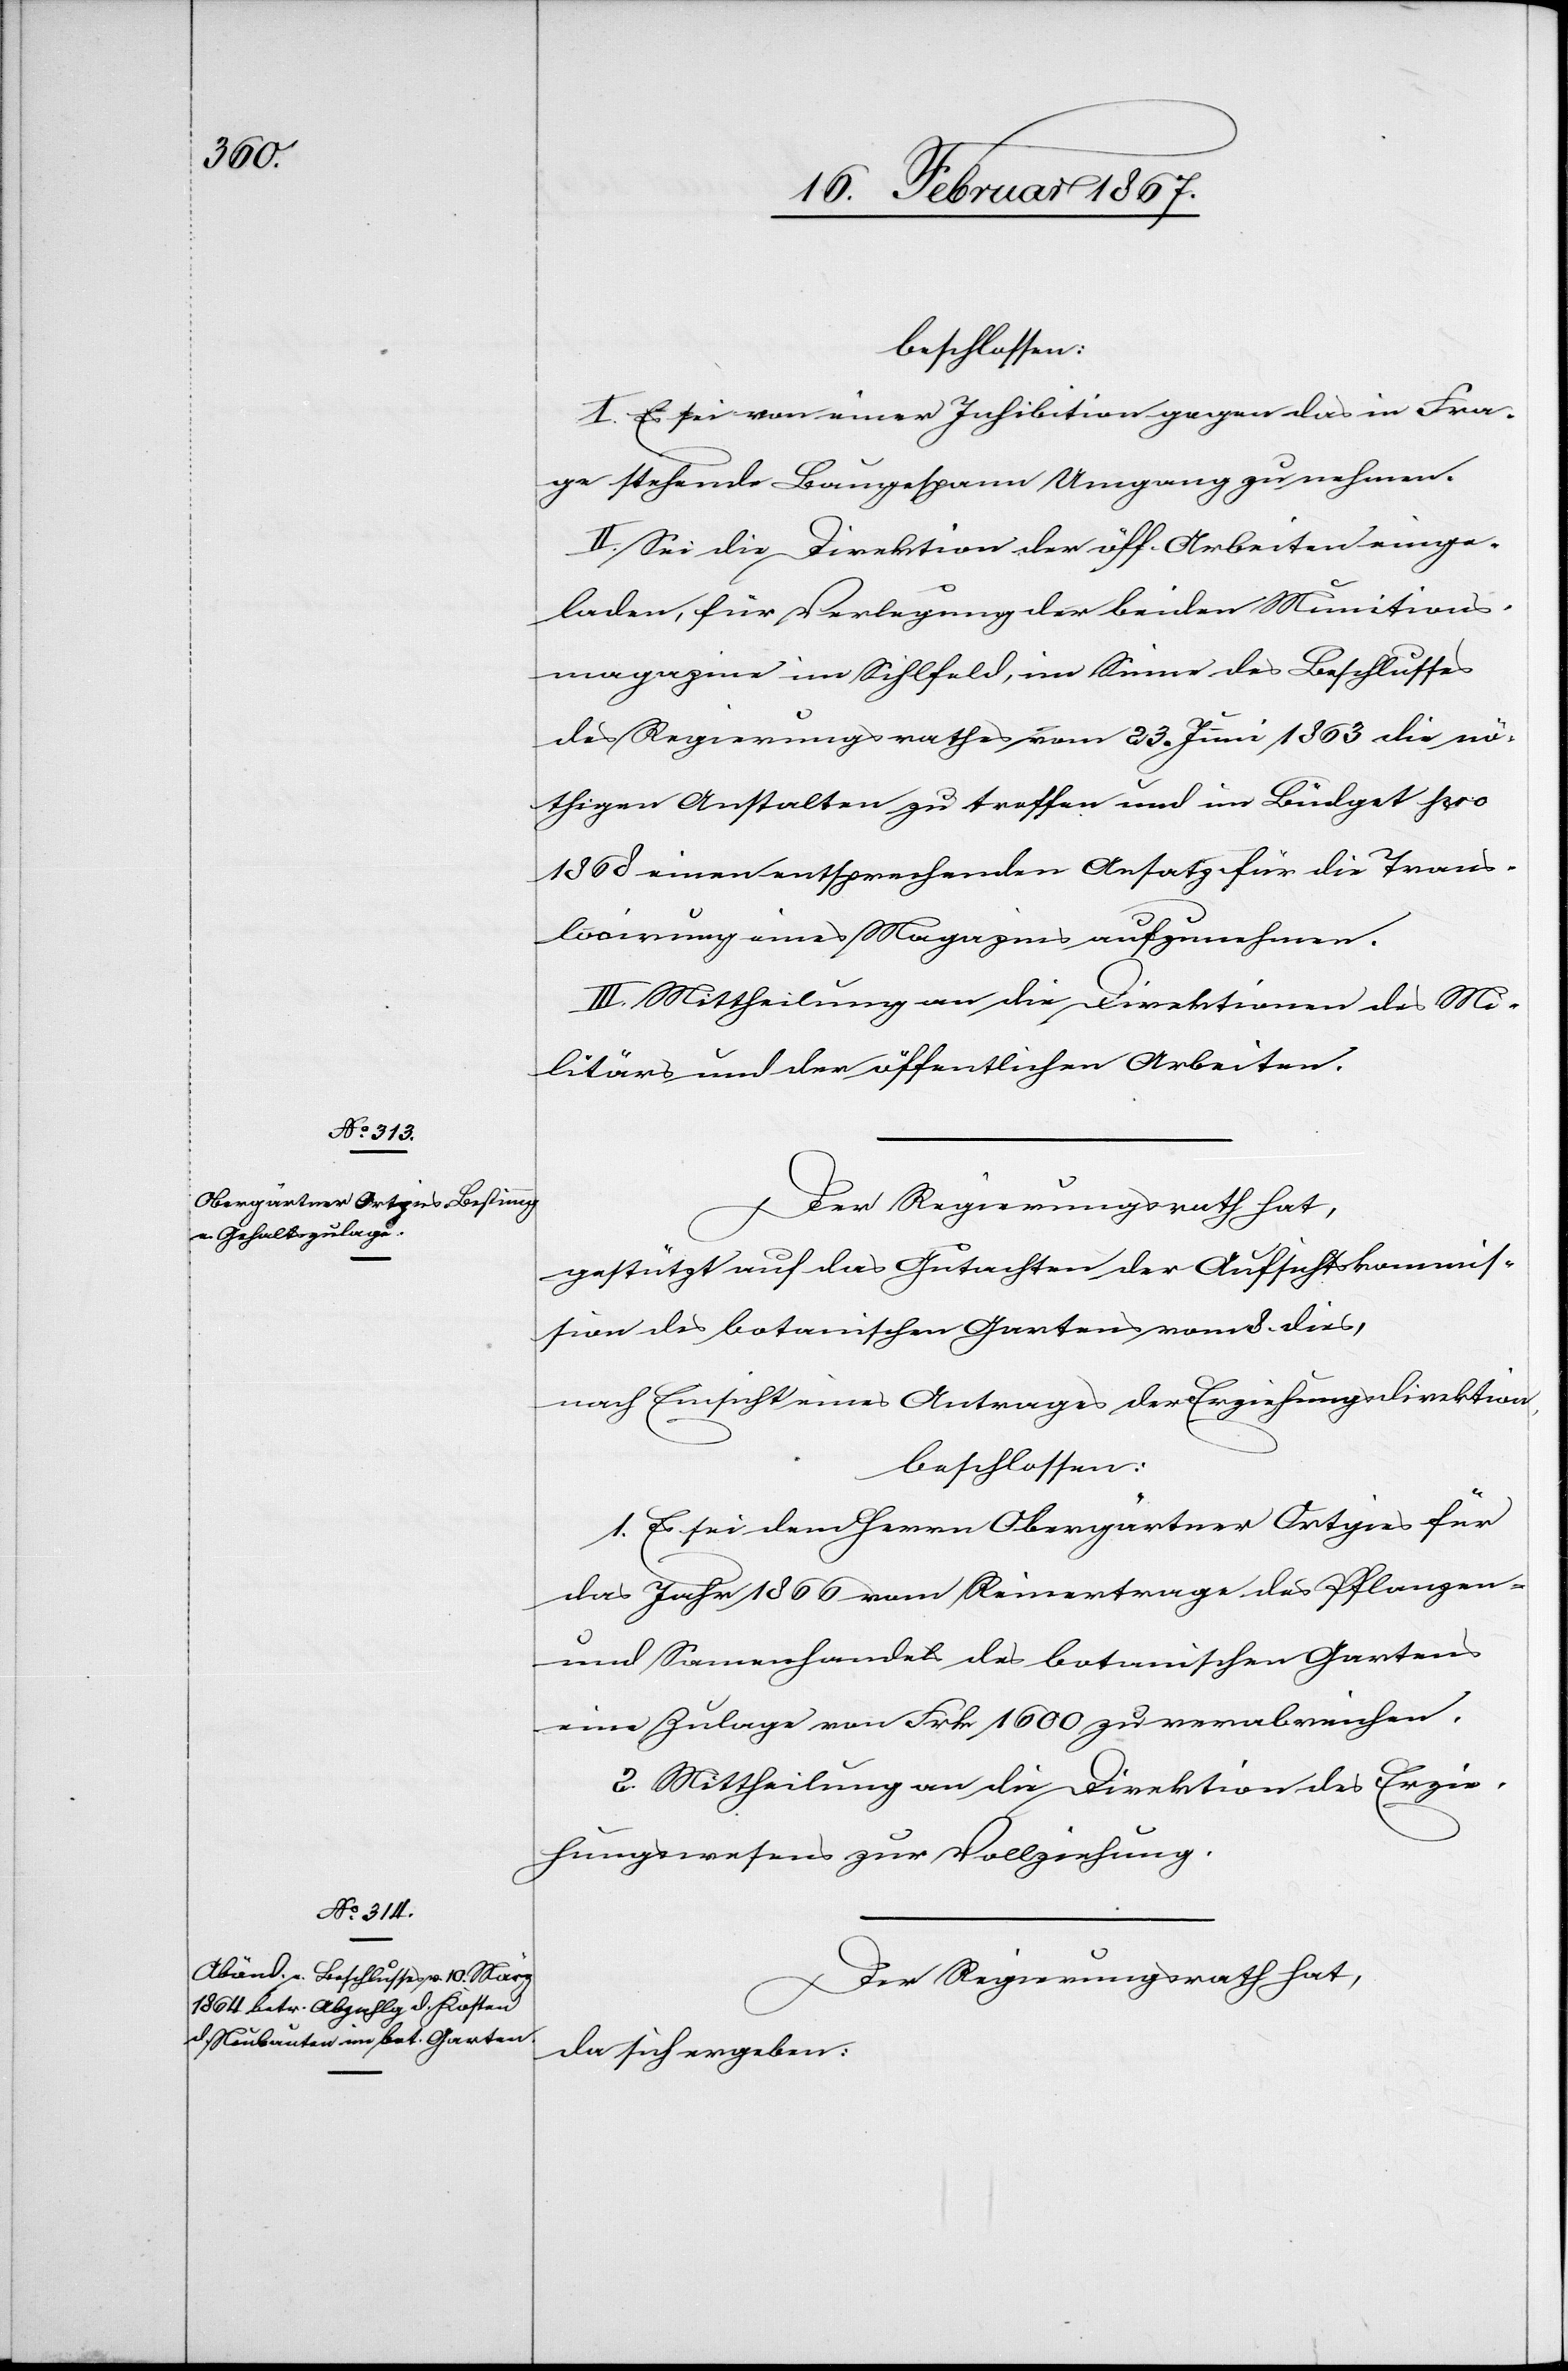
beschlossen:
I. Es sei von einer Inhibition gegen das in Fra¬
ge stehende Baugespann Umgang zu nehmen.
II. Sei die Direktion der öff. Arbeiten einge¬
laden, für Verlegung der beiden Munitions¬
magazine im Sihlfeld, im Sinne des Beschlusses
des Regierungsrathes vom 23. Juni 1863 die nö¬
thigen Anstalten zu treffen und im Budget pro
1868 einen entsprechenden Ansatz für die Trans¬
locirung eines Magazins aufzunehmen.
III. Mittheilung an die Direktionen des Mi¬
litärs und der öffentlichen Arbeiten.
Der Regierungsrath hat,
gestützt auf das Gutachten der Aufsichtskommis¬
sion des botanischen Gartens vom 8. dies,
nach Einsicht eines Antrages der Erziehungsdirektion,
beschlossen:
1. Es sei dem Herrn Obergärtner Ortgies für
das Jahr 1866 vom Reinertrage des Pflanzen-
und Samenhandels des botanischen Gartens
eine Zulage von Frk 1600 zu verabreichen.
2. Mittheilung an die Direktion des Erzie¬
hungswesens zur Vollziehung.